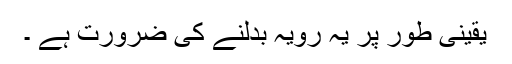
یقینی طور پر یہ رویہ بدلنے کی ضرورت ہے ۔